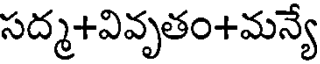
సద్మ+వివృతం+మన్యే